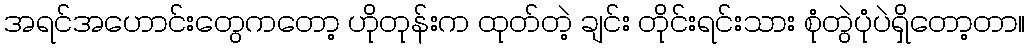
အရင်အဟောင်းတွေကတော့ ဟိုတုန်းက ထုတ်တဲ့ ချင်း တိုင်းရင်းသား စုံတွဲပုံပဲရှိတော့တာ။